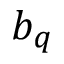
b _ { q }